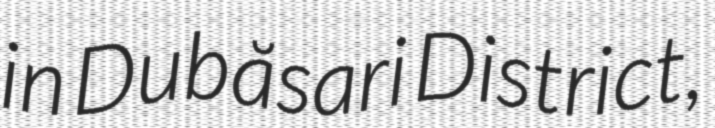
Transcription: in Dubăsari District,